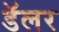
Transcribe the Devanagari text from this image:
डॅलर